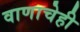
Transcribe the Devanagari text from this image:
वाणाचेही